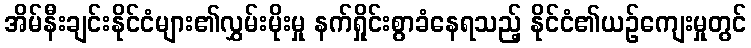
အိမ်နီးချင်းနိုင်ငံများ၏လွှမ်းမိုးမှု နက်ရှိုင်းစွာခံနေရသည့် နိုင်ငံ၏ယဉ်ကျေးမှုတွင်